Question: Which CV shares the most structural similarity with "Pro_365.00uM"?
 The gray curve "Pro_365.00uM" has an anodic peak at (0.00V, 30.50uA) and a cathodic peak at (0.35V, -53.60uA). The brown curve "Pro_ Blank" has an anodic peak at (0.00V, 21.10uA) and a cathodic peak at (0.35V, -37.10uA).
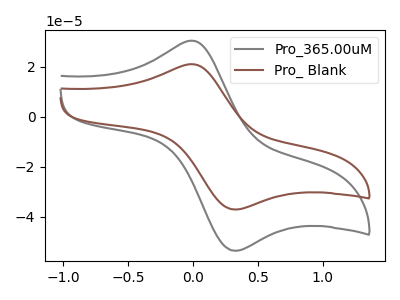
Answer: <think>All the peaks in "Pro_365.00uM" have a peak in "Pro_ Blank" at the same potential. Every peak in "Pro_365.00uM" is higher than every peak in "Pro_ Blank".
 </think>
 <answer>The CV with the most similar shape to "Pro_ Blank" is "Pro_365.00uM".</answer>
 <eval>"Pro_365.00uM"</eval>